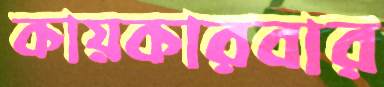
কায়কারবার